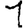
Digit: 1